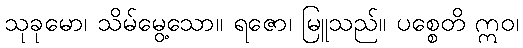
သုခုမော၊ သိမ်မွေ့သော။ ရဇော၊ မြူသည်။ ပစ္စေတိ ဣဝ၊